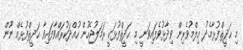
މި ޙަދީޘްފުޅާމެދު ޢިލްމުވެރިން ވިދާޅުވެފައިވަނީ މި ޙަދީޘްފުޅަކީ ރަމަލުޖެހުން ހުއްދަކުރައްވާފައިވާ ޙަދީޘްފުޅެއް ނޫން